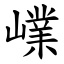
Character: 嶫